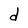
Character: d